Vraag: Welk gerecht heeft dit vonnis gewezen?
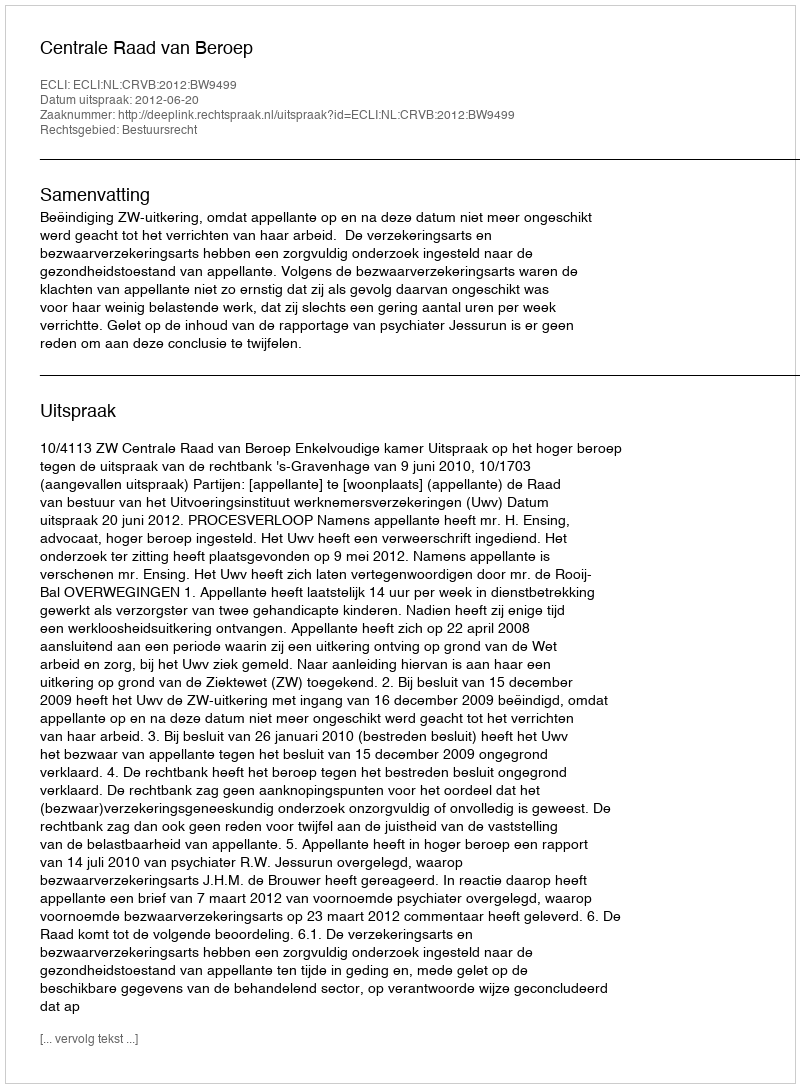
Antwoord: Centrale Raad van Beroep